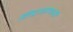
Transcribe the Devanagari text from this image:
निद्नासमयीं